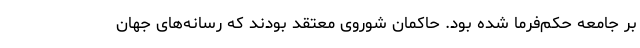
بر جامعه حكم‌فرما شده بود. حاكمان شوروی معتقد بودند كه رسانه‌های جهان